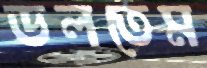
ডলতেম